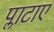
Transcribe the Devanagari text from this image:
प्लाटाए